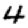
Digit: 4